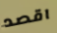
اقصد